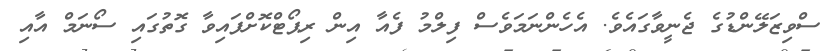
ސްވިޒަލޭންޑުގެ ޖެނީވާގައެވެ. އެހެންނަމަވެސް ފިލްމު ފެއާ އިން ރިޕޯޓްކޮށްފައިވާ ގޮތުގައި ސޯނަމް އާއި